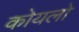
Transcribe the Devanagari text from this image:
कोयलो